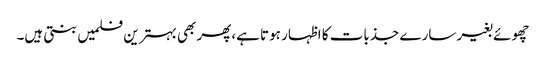
چھوئے بغیر سارے جذبات کا اظہار ہوتا ہے،پھر بھی بہترین فلمیں بنتی ہیں۔